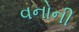
વનોની